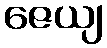
ဇေယျ